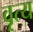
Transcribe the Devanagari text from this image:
वृत्य